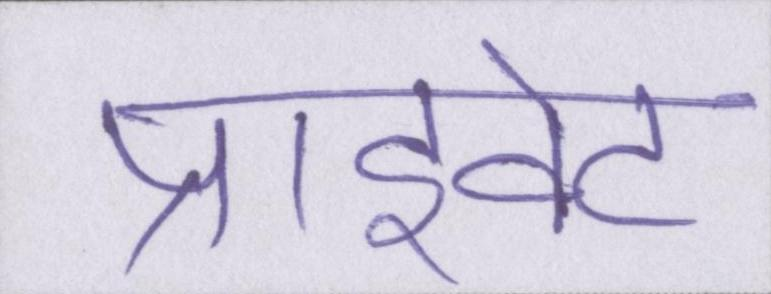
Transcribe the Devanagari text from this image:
प्राइवेट